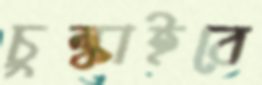
চুল্‌কাইবে